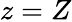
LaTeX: z=Z